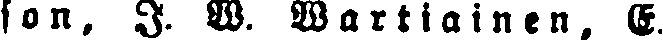
son. I. W. Wartiainen. E.